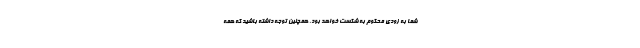
شما به زودی محکوم به شکست خواهد بود. همچنین توجه داشته باشید که همه